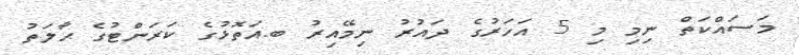
މަސައްކަތް ނިމި މި 5 އަހަރުގެ ދައުރު ނިމޭއިރު ބ.އަތޮޅުގެ ކަރަންޓުގެ ޙާލަތު